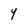
Character: Y